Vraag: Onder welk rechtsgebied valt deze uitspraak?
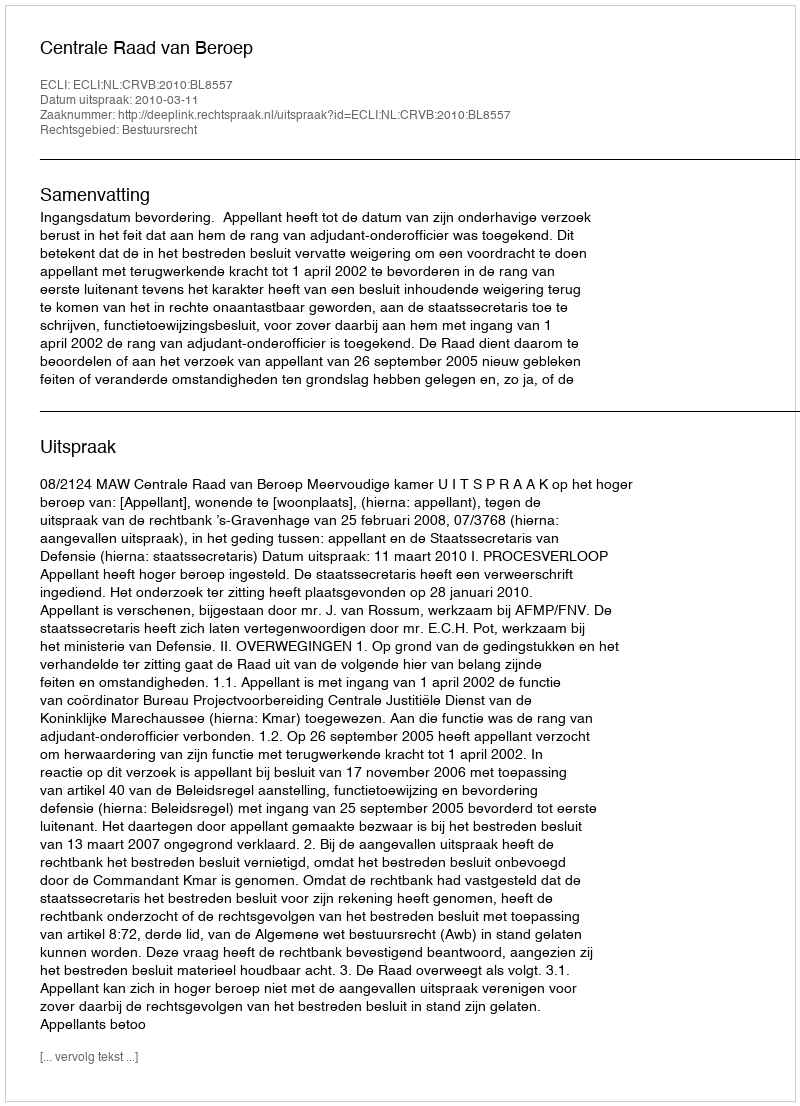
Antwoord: Bestuursrecht